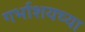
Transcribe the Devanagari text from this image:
गर्भाशयच्या